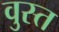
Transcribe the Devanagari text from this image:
वुस्त